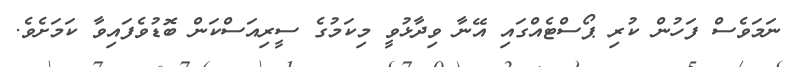
ނަމަވެސް ފަހުން ކުރި ޕޯސްޓެއްގައި އޭނާ ވިދާޅުވީ މިކަމުގެ ސީރިއަސްކަން ބޮޑުވެފައިވާ ކަމަށެވެ.